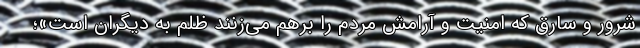
شرور و سارق که امنیت و آرامش مردم را برهم می‌زنند ظلم به دیگران است»؛